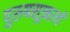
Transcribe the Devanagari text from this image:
पुरुषसूक्तार्थ